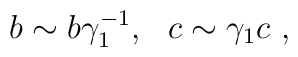
b\sim b\gamma_1^{-1},~~c\sim\gamma_1c \ ,